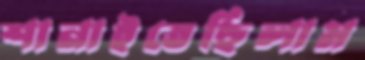
শানাইতেছিলাম